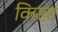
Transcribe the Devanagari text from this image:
किखा